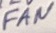
Text: FAN